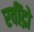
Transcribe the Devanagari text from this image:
रवींद्रो